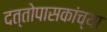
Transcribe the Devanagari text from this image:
दत्तोपासकांच्या